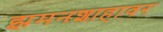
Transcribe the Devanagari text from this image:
झमनशाहावर